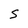
Character: s